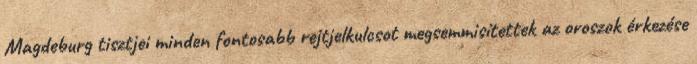
Magdeburg tisztjei minden fontosabb rejtjelkulcsot megsemmisítettek az oroszok érkezése